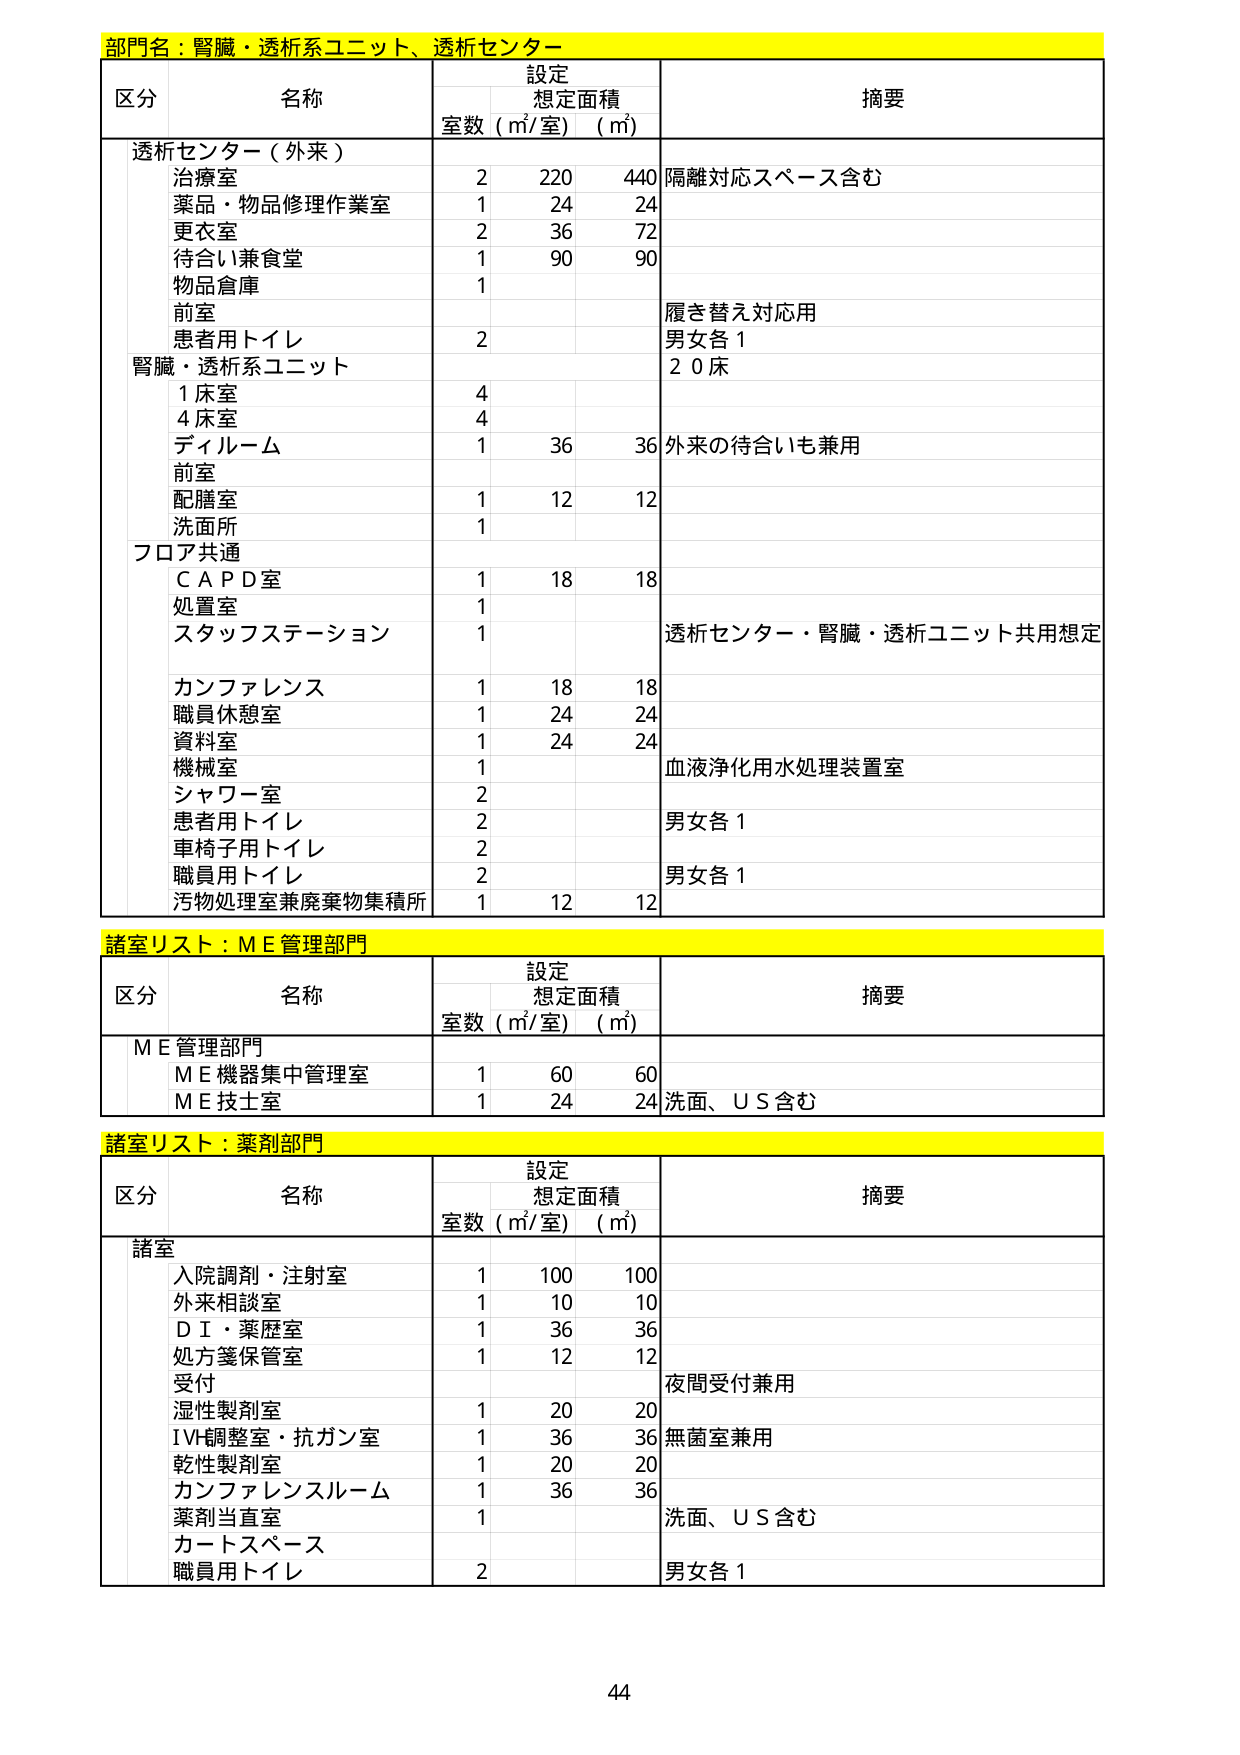
部門名：腎臓・透析系ユニット、透析センター

区分 名称 設定 想定面積 摘要
室数（㎡/室）（㎡）

透析センター（外来）
　治療室 2 220 440 隔離対応スペース含む
　薬品・物品修理作業室 1 24 24
　更衣室 2 36 72
　待合い兼食堂 1 90 90
　物品倉庫 1
　前室 履き替え対応用
　患者用トイレ 2 男女各1
腎臓・透析系ユニット 20床
　1床室 4
　4床室 4
　ディルーム 1 36 36 外来の待合いも兼用
　前室
　配膳室 1 12 12
　洗面所 1
フロア共通
　ＣＡＰＤ室 1 18 18
　処置室 1
　スタッフステーション 1 透析センター・腎臓・透析ユニット共用想定
　カンファレンス 1 18 18
　職員休憩室 1 24 24
　資料室 1 24 24
　機械室 血液浄化用水処理装置室
　シャワー室 2
　患者用トイレ 2 男女各1
　車椅子用トイレ 2
　職員用トイレ 2 男女各1
　汚物処理室兼廃棄物集積所 1 12 12

諸室リスト：ＭＥ管理部門

区分 名称 設定 想定面積 摘要
室数（㎡/室）（㎡）

ＭＥ管理部門
　ＭＥ機器集中管理室 1 60 60
　ＭＥ技士室 1 24 24 洗面、ＵＳ含む

諸室リスト：薬剤部門

区分 名称 設定 想定面積 摘要
室数（㎡/室）（㎡）

諸室
　入院調剤・注射室 1 100 100
　外来相談室 1 10 10
　ＤＩ・薬歴室 1 36 36
　処方箋保管室 1 12 12
　受付 夜間受付兼用
　湿性製剤室 1 20 20
　ＩＶ調整室・抗ガン室 1 36 36 無菌室兼用
　乾性製剤室 1 20 20
　カンファレンスルーム 1 36 36
　薬剤当直室 1 洗面、ＵＳ含む
　カートスペース
　職員用トイレ 2 男女各1

44